65_HS1-834228961_62-HQ-83894_Section_8
Agency: FBI
Page 164
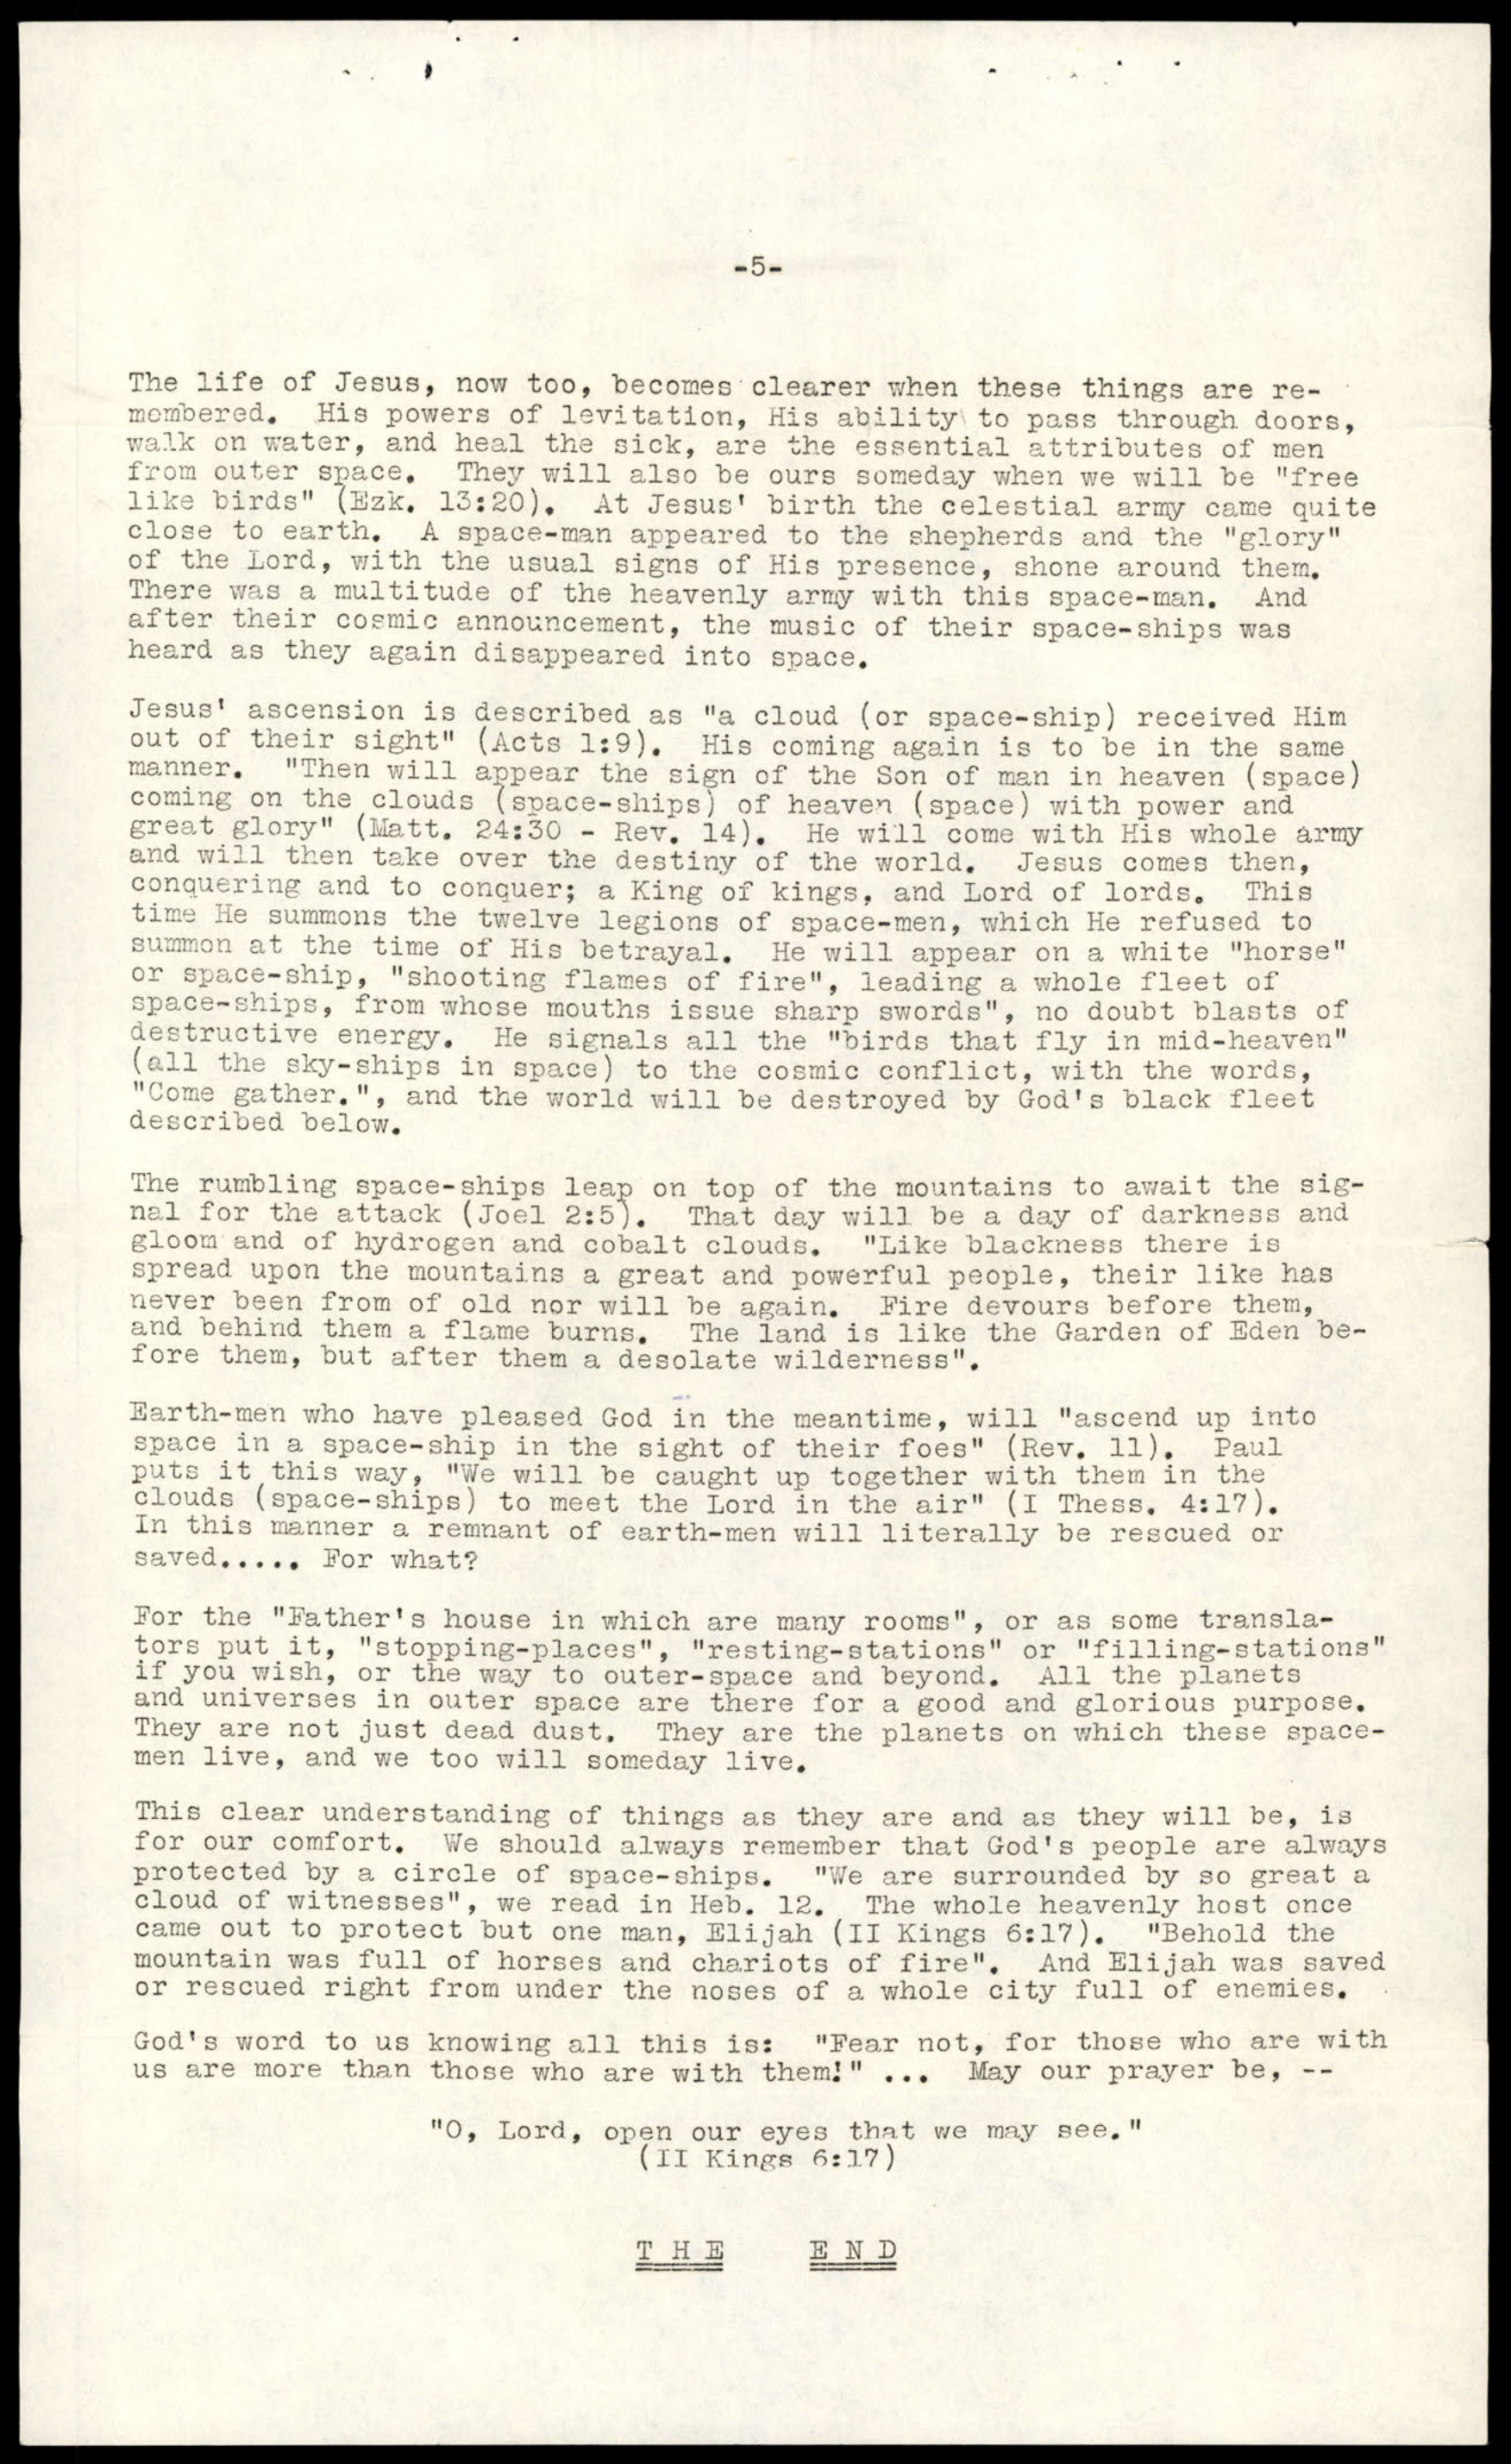